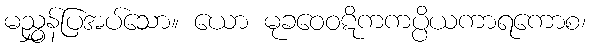
မညွှန်ပြအပ်သော။ ယော မုခဝေဝဋိကကပ္ပိယကာရကောစ၊